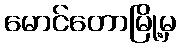
မောင်တောမြို့မှ